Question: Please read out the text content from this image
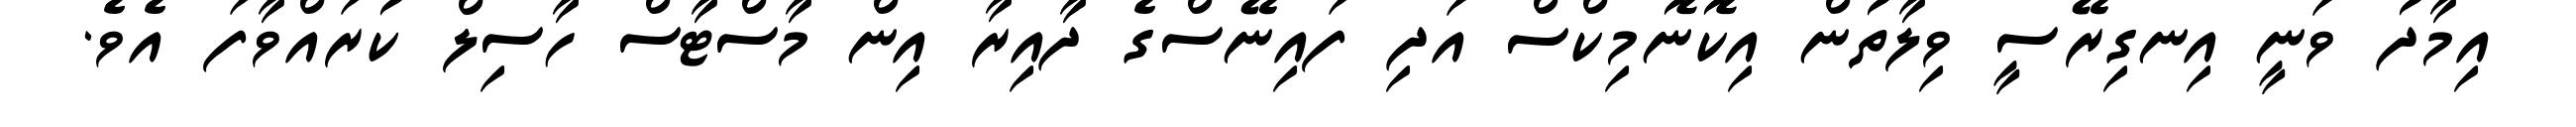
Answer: އިމާދު ވަނީ އިނގިރޭސީ ވިލާތުން އިކޮނޮމިކްސް އަދި ފައިނޭސްގެ ދާއިރާ އިން މާސްޓާސް ހާސިލް ކުރައްވާފަ އެވެ.